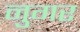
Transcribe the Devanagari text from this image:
नुगर